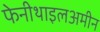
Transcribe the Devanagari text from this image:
फेनीथाइलअमीन